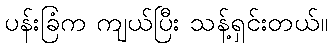
ပန်းခြံက ကျယ်ပြီး သန့်ရှင်းတယ်။